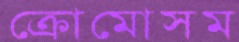
ক্রোমোসম